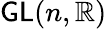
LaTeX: \mathsf{GL}(n,\mathbb{R})